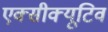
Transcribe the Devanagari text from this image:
एक्सीक्यूटिव